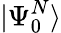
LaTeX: |\Psi_{0}^{N}\rangle